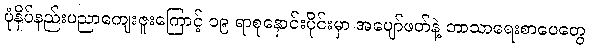
ပုံနှိပ်နည်းပညာကျေးဇူးကြောင့် ၁၉ ရာစုနှောင်းပိုင်းမှာ အပျော်ဖတ်နဲ့ ဘာသာရေးစာပေတွေ